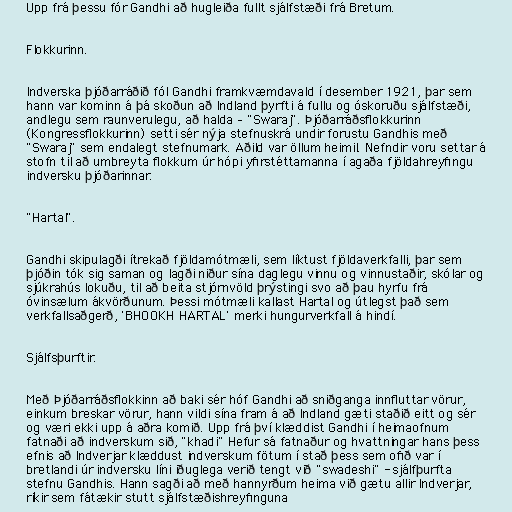
Upp frá þessu fór Gandhi að hugleiða fullt sjálfstæði frá Bretum.

Flokkurinn.

Indverska þjóðarráðið fól Gandhi framkvæmdavald í desember 1921, þar sem
hann var kominn á þá skoðun að Indland þyrfti á fullu og óskoruðu sjálfstæði,
andlegu sem raunverulegu, að halda – "Swaraj". Þjóðarráðsflokkurinn
(Kongressflokkurinn) setti sér nýja stefnuskrá undir forustu Gandhis með
"Swaraj" sem endalegt stefnumark. Aðild var öllum heimil. Nefndir voru settar á
stofn til að umbreyta flokkum úr hópi yfirstéttamanna í agaða fjöldahreyfingu
indversku þjóðarinnar.

"Hartal".

Gandhi skipulagði ítrekað fjöldamótmæli, sem líktust fjöldaverkfalli, þar sem
þjóðin tók sig saman og lagði niður sína daglegu vinnu og vinnustaðir, skólar og
sjúkrahús lokuðu, til að beita stjórnvöld þrýstingi svo að þau hyrfu frá
óvinsælum ákvörðunum. Þessi mótmæli kallast Hartal og útlegst það sem
verkfallsaðgerð, 'BHOOKH HARTAL' merki hungurverkfall á hindí.

Sjálfsþurftir.

Með Þjóðarráðsflokkinn að baki sér hóf Gandhi að sniðganga innfluttar vörur,
einkum breskar vörur, hann vildi sína fram á að Indland gæti staðið eitt og sér
og væri ekki upp á aðra komið. Upp frá því klæddist Gandhi í heimaofnum
fatnaði að indverskum sið, "khadi" Hefur sá fatnaður og hvattningar hans þess
efnis að Indverjar klæddust indverskum fötum í stað þess sem ofið var í
bretlandi úr indversku líni iðuglega verið tengt við "swadeshi" - sjálfþurfta
stefnu Gandhis. Hann sagði að með hannyrðum heima við gætu allir Indverjar,
ríkir sem fátækir stutt sjálfstæðishreyfinguna